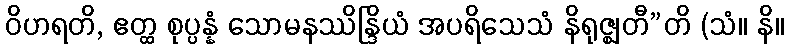
ဝိဟရတိ, ဧတ္ထ စုပ္ပန္နံ သောမနဿိန္ဒြိယံ အပရိသေသံ နိရုဇ္ဈတီ”တိ (သံ။ နိ။